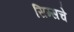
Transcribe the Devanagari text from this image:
सिम्सचे